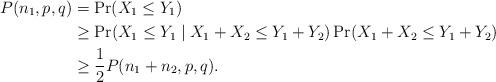
LaTeX: \begin{align*}P(n_1, p, q)&= \Pr(X_1 \le Y_1) \\&\ge \Pr(X_1 \le Y_1 \mid X_1 + X_2 \le Y_1 + Y_2) \Pr(X_1 + X_2 \le Y_1 + Y_2) \\&\ge \frac 12 P(n_1 + n_2, p, q).\end{align*}